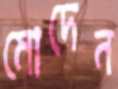
মোদেন